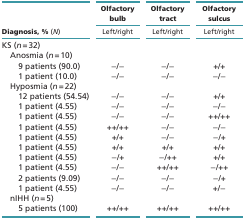
|  | Olfactory bulb | Olfactory tract | Olfactory sulcus |
 | Diagnosis, % (N) | Left/right | Left/right | Left/right |
 | --- | --- | --- | --- |
 | KS (n = 32) |  |  |  |
 | Anosmia (n = 10) |  |  |  |
 | 9 patients (90.0) | −/− | −/− | +/+ |
 | 1 patient (10.0) | −/− | −/− | −/− |
 | Hyposmia (n = 22) |  |  |  |
 | 12 patients (54.54) | −/− | −/− | +/+ |
 | 1 patient (4.55) | −/− | −/− | −/− |
 | 1 patient (4.55) | −/− | −/− | ++/++ |
 | 1 patient (4.55) | ++/++ | −/− | −/− |
 | 1 patient (4.55) | +/+ | −/− | −/+ |
 | 1 patient (4.55) | +/+ | +/+ | +/+ |
 | 1 patient (4.55) | −/+ | −/++ | +/+ |
 | 1 patient (4.55) | −/− | ++/++ | −/++ |
 | 2 patients (9.09) | −/− | −/− | −/+ |
 | 1 patient (4.55) | −/− | −/− | +/− |
 | nIHH (n = 5) |  |  |  |
 | 5 patients (100) | ++/++ | ++/++ | ++/++ |